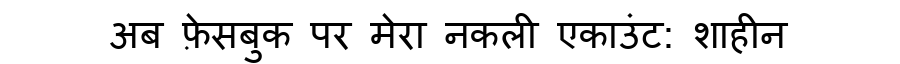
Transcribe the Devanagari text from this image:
अब फ़ेसबुक पर मेरा नकली एकाउंट: शाहीन